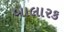
બાલારક